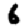
Digit: 6